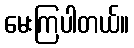
မေးကြပါတယ်။